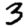
Digit: 3